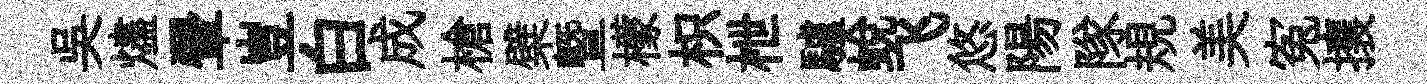
吳燼翬豈白成槍檗曁檬枳枻驢蜕飞悠陽隊規美寃攘